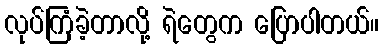
လုပ်ကြံခဲ့တာလို့ ရဲတွေက ပြောပါတယ်။